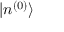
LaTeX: | n ^ { ( 0 ) } \rangle